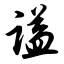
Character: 谥